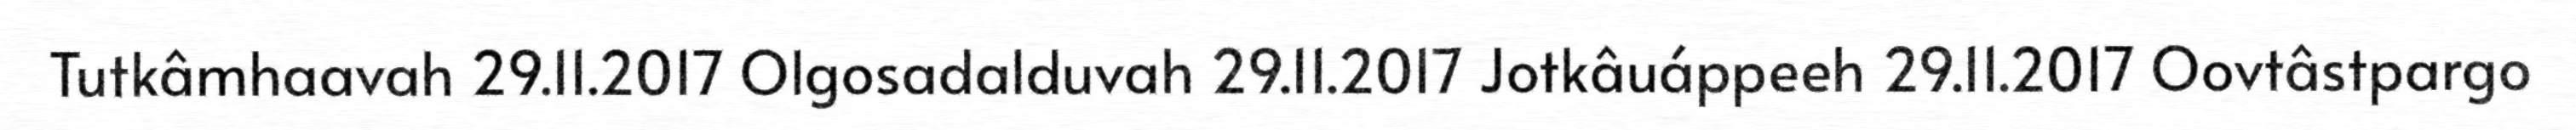
Tutkâmhaavah 29.11.2017 Olgosadalduvah 29.11.2017 Jotkâuáppeeh 29.11.2017 Oovtâstpargo